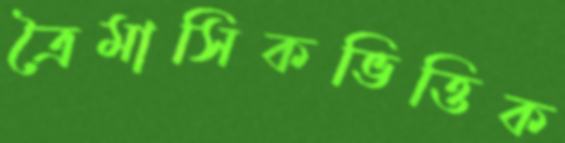
ত্রৈমাসিকভিত্তিক